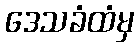
ဒေသခံထံမှ